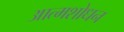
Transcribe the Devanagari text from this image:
आत्मशोधन